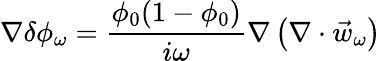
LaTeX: \nabla\delta\phi_{\omega}=\frac{\phi_{0}(1-\phi_{0})}{i\omega}\nabla\left(\nabla\cdot\vec{w}_{\omega}\right)